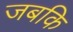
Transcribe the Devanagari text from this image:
जबकि